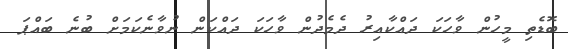
ބޮޑެތި މީހުން ވާހަކަ ދައްކާއިރު ދެމެދުން ވާހަކަ ދައްކަން ނުވާނެކަމަށް ބުނެ ބައްޕަ